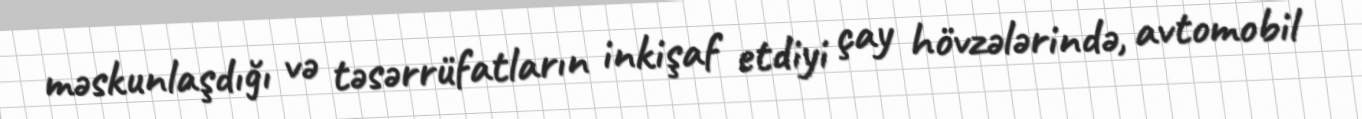
məskunlaşdığı və təsərrüfatların inkişaf etdiyi çay hövzələrində, avtomobil